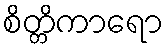
စိတ္တိကာရော